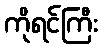
ကိုရင်ကြီး